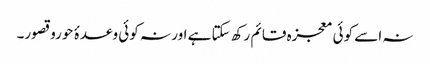
نہ اسے کوئی معجزہ قائم رکھ سکتا ہے اور نہ کوئی وعدۂ حوروقصور۔